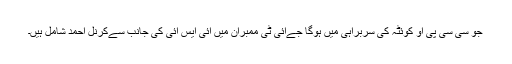
جو سی سی پی او کوئٹہ کی سربراہی میں ہوگا جےآئی ٹی ممبران میں آئی ایس آئی کی جانب سےکرنل احمد شامل ہیں۔